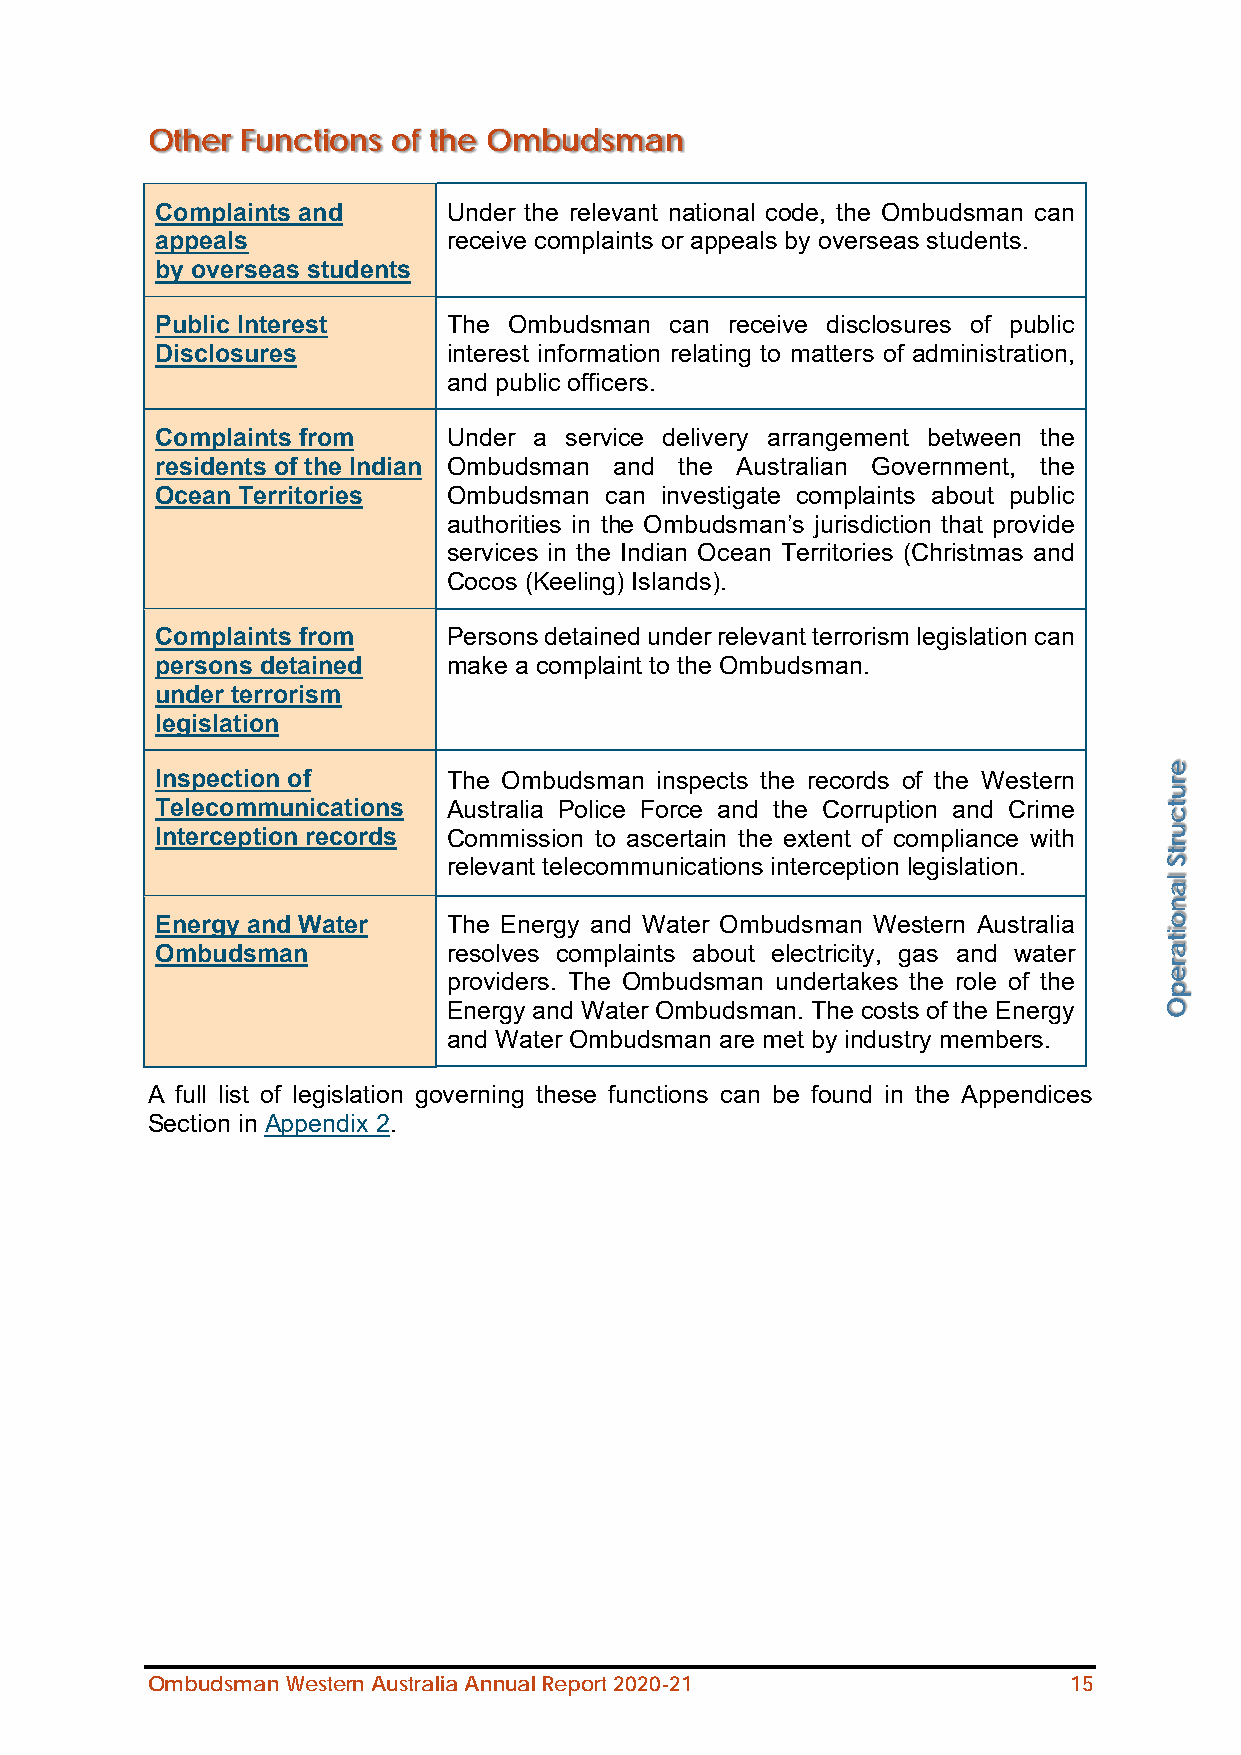
Other Functions of the Ombudsman
 Complaints and      Under the relevant national code, the Ombudsman can
 appeals             receive complaints or appeals by overseas students.
 by overseas students
 Public Interest     The Ombudsman can receive disclosures of public
 Disclosures         interest information relating to matters of administration,
 and public officers.
 Complaints from     Under a service delivery arrangement between the
 residents of the Indian Ombudsman and the Australian Government, the
 Ocean Territories   Ombudsman can investigate complaints about public
 authorities in the Ombudsman’s jurisdiction that provide
 services in the Indian Ocean Territories (Christmas and
 Cocos (Keeling) Islands).
 Complaints from     Persons detained under relevant terrorism legislation can
 persons detained    make a complaint to the Ombudsman.
 under terrorism
 legislation
 Inspection of       The Ombudsman inspects the records of the Western
 Telecommunications  Australia Police Force and the Corruption and Crime
 Interception records Commission to ascertain the extent of compliance with
 relevant telecommunications interception legislation.
 Energy and Water    The Energy and Water Ombudsman Western Australia
 Ombudsman           resolves complaints about electricity, gas and water
 providers. The Ombudsman undertakes the role of the
 Energy and Water Ombudsman. The costs of the Energy
 and Water Ombudsman are met by industry members.
 A full list of legislation governing these functions can be found in the Appendices
 Section in Appendix 2.
 Ombudsman Western Australia Annual Report 2020-21            15
 erutcurtS
 lanoitarepO